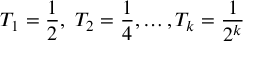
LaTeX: T _ { 1 } = { \frac { 1 } { 2 } } , \ T _ { 2 } = { \frac { 1 } { 4 } } , \dots , T _ { k } = { \frac { 1 } { 2 ^ { k } } }